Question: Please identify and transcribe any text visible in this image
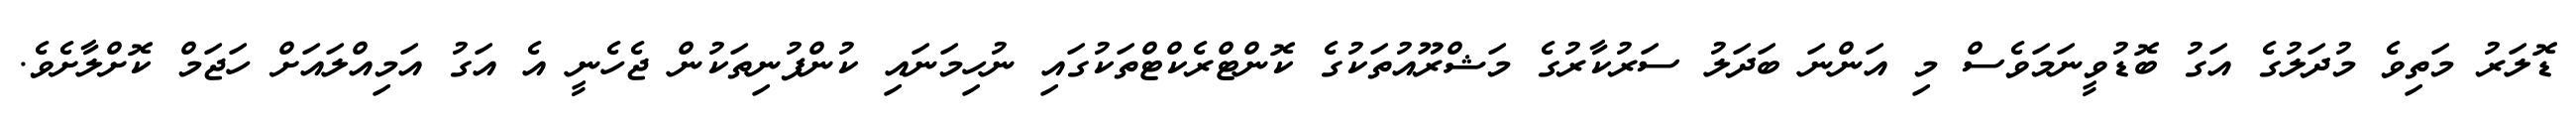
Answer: ޑޮލަރު މަތިވެ މުދަލުގެ އަގު ބޮޑުވީނަމަވެސް މި އަންނަ ބަދަލު ސަރުކާރުގެ މަޝްރޫއުތަކުގެ ކޮންޓްރެކްޓްތަކުގައި ނުހިމަނައި ކުންފުނިތަކުން ޖެހެނީ އެ އަގު އަމިއްލައަށް ހަޖަމް ކޮށްލާށެވެ.